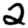
Digit: 2